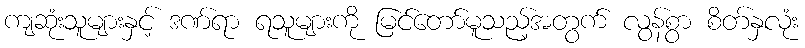
ကျဆုံးသူများနှင့် ဒဏ်ရာ ရသူများကို မြင်တော်မူသည့်အတွက် လွန်စွာ စိတ်နှလုံး